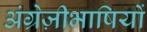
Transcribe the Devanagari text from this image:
अंग्रेज़ीभाषियों